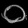
Digit: ၀